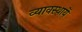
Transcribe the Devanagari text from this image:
व्यावस्थायें